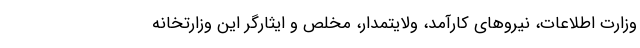
وزارت اطلاعات، نیروهای کارآمد، ولایتمدار، مخلص و ایثارگر این وزارتخانه